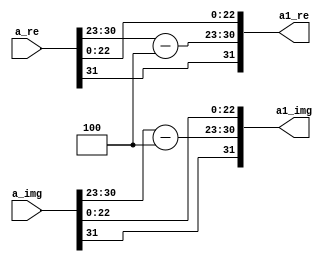
`timescale 1ns / 1ps
//////////////////////////////////////////////////////////////////////////////////
// Company: 
// Engineer: 
// 
// Design Name: 
// Module Name:    sixteenth 
// Project Name: 
// Target Devices: 
// Tool versions: 
// Description: 
//
// Dependencies: 
//
// Revision: 
// Revision 0.01 - File Created
// Additional Comments: 
//
//////////////////////////////////////////////////////////////////////////////////
module sixteenth(
    input [31:0] a_re,
    input [31:0] a_img,
    output [31:0] a1_re,
    output [31:0] a1_img
    );

assign a1_re[31]=a_re[31],a1_img[31]=a_img[31];
assign a1_re[30:23]=a_re[30:23]-8'b00000100,a1_img[30:23]=a_img[30:23]-8'b00000100;
assign a1_re[22:0]=a_re[22:0],a1_img[22:0]=a_img[22:0];
endmodule